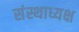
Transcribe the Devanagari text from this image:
संस्थाध्यक्ष